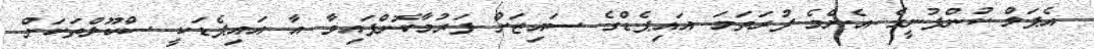
އެޕަލް ކުންފުނީގެ އެންމެ ފުރަތަމަ އައިޕެޑްގެ ސައިޒަށް ފަރުމާކޮށްފައިވާ އާ އައިޕެޑަކީ ސްކޫލްތަކަށް